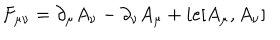
LaTeX: F _ { \mu \nu } = \partial _ { \mu } A _ { \nu } - \partial _ { \nu } A _ { \mu } + i e [ A _ { \mu } , A _ { \nu } ]